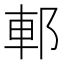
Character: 𨛩